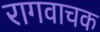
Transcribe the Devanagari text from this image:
रागवाचक